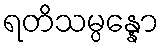
ရတိသမ္ပန္နော